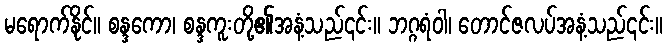
မရောက်နိုင်။ စန္ဒကော၊ စန္ဒကူးတို့၏အနံ့သည်၎င်း။ ဘဂ္ဂရံဝါ၊ တောင်ဇလပ်အနံ့သည်၎င်း။